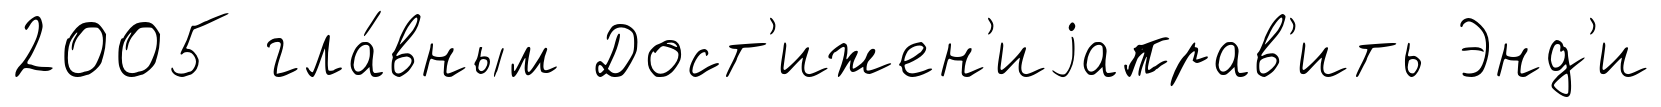
2005 гла́вным Дост'ижен'иjаправ'ить Энд'и